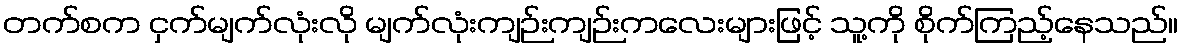
တက်စက ငှက်မျက်လုံးလို မျက်လုံးကျဉ်းကျဉ်းကလေးများဖြင့် သူ့ကို စိုက်ကြည့်နေသည်။